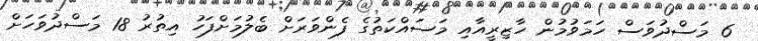
6 މަސްދުވަސް ހަމަވުމުން ހާޒިރީއާއި މަސައްކަތުގެ ފެންވަރަށް ބެލުމަށްފަހު އިތުރު 18 މަސްދުވަހަށް